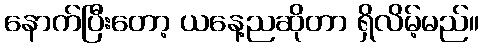
နောက်ပြီးတော့ ယနေ့ညဆိုတာ ရှိလိမ့်မည်။